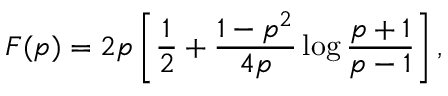
F ( p ) = 2 p \left[ \frac { 1 } { 2 } + \frac { 1 - p ^ { 2 } } { 4 p } \log \frac { p + 1 } { p - 1 } \right] ,